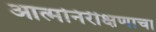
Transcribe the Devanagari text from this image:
आत्मनिरीक्षणाचा